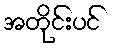
အတိုင်းပင်